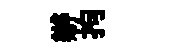
辦拘